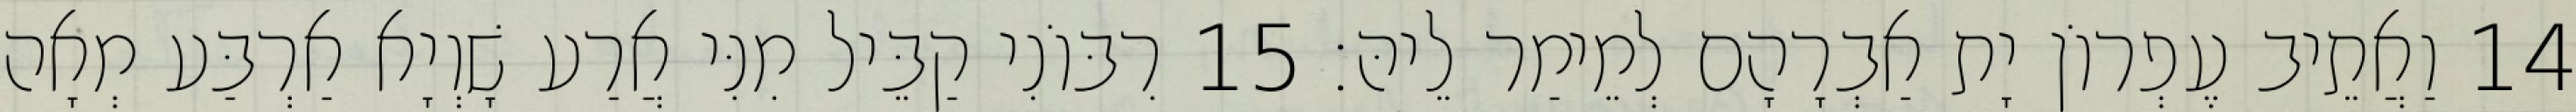
14 וַאֲתֵיב עֶפְרוֹן יָת אַבְרָהָם לְמֵימַר לֵיהּ׃ 15 רִבּוֹנִי קַבֵּיל מִנִּי אֲרַע שָׁוְיָא אַרְבַּע מְאָה